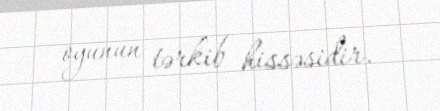
oyunun tərkib hissəsidir.